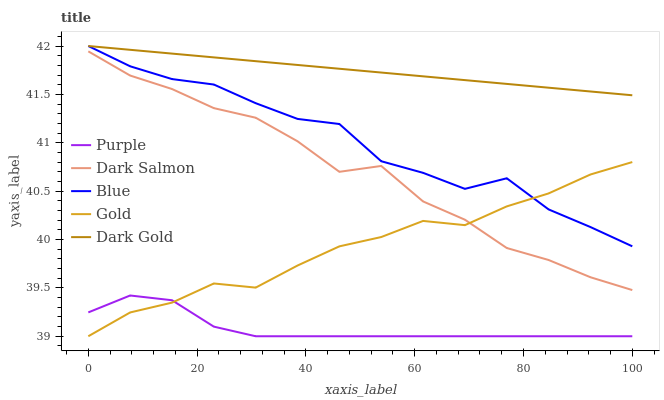
| xaxis_label | Purple | Dark Salmon | Blue | Gold | Dark Gold |
 | --- | --- | --- | --- | --- | --- |
 | 0 | 39.2 | 41.9 | 42 | 39 | 42 |
 | 7.69 | 39.4 | 41.7 | 41.8 | 39.2 | 42 |
 | 15.4 | 39.4 | 41.6 | 41.7 | 39.3 | 41.9 |
 | 23.1 | 39.1 | 41.4 | 41.6 | 39.5 | 41.9 |
 | 30.8 | 39 | 41.3 | 41.4 | 39.5 | 41.8 |
 | 38.5 | 39 | 41 | 41.2 | 39.7 | 41.8 |
 | 46.2 | 39 | 40.7 | 41.2 | 39.9 | 41.8 |
 | 53.8 | 39 | 40.8 | 40.8 | 40 | 41.7 |
 | 61.5 | 39 | 40.4 | 40.7 | 40.2 | 41.7 |
 | 69.2 | 39 | 40.2 | 40.5 | 40.1 | 41.6 |
 | 76.9 | 39 | 39.9 | 40.6 | 40.3 | 41.6 |
 | 84.6 | 39 | 39.8 | 40.3 | 40.5 | 41.6 |
 | 92.3 | 39 | 39.6 | 40.1 | 40.7 | 41.5 |
 | 100 | 39 | 39.5 | 39.9 | 40.8 | 41.5 |